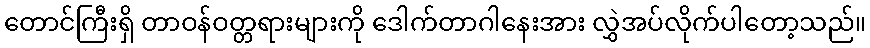
တောင်ကြီးရှိ တာဝန်ဝတ္တရားများကို ဒေါက်တာဂါနေးအား လွှဲအပ်လိုက်ပါတော့သည်။